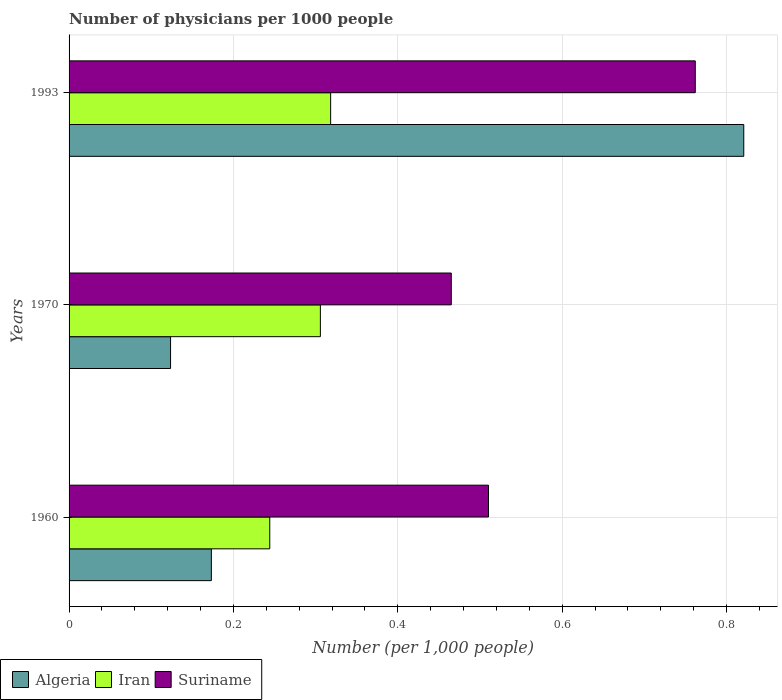
| Years | Algeria | Iran | Suriname |
 | --- | --- | --- | --- |
 | 1960 | 0.173 | 0.244 | 0.51 |
 | 1970 | 0.123 | 0.306 | 0.465 |
 | 1993 | 0.821 | 0.318 | 0.762 |